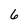
Character: 6